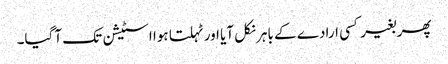
پھر بغیر کسی ارادے کے باہر نکل آیا اور ٹہلتا ہوا اسٹیشن تک آ گیا۔